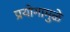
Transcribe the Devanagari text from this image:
प्रयोगामुळे